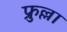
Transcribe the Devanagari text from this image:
फ्रुल्ला